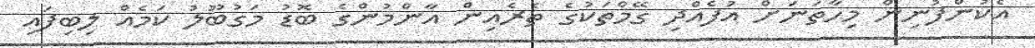
އެކުންފުނިން މިހާތަނަށް އުފެއްދި ގޭމްތަކުގެ ތެރެއިން އާންމުންގެ ބޮޑު މަގުބޫލު ކަމެއް ލިބިފައި